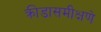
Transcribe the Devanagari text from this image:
क्रीडासमीक्षणे